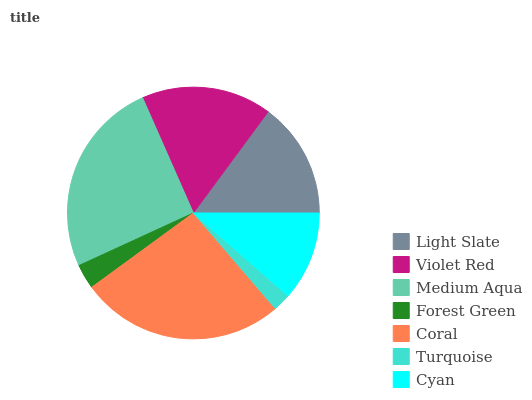
| Light Slate | Violet Red | Medium Aqua | Forest Green | Coral | Turquoise | Cyan |
 | --- | --- | --- | --- | --- | --- | --- |
 | 14.9% | 16.7% | 25.3% | 3.2% | 26.2% | 2.27% | 11.4% |